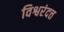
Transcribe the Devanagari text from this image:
विश्वरंदत्त